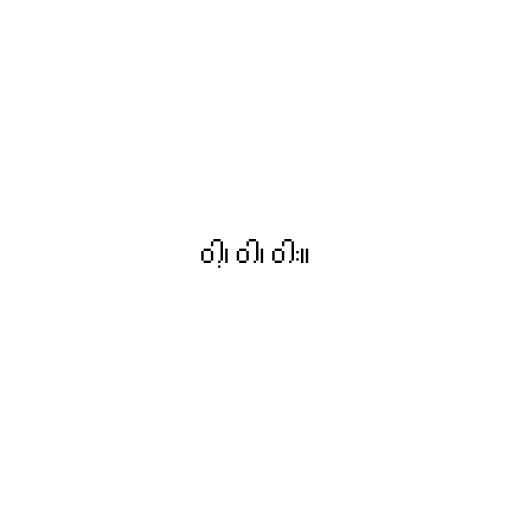
ဝါ့၊ ဝါ၊ ဝါး။